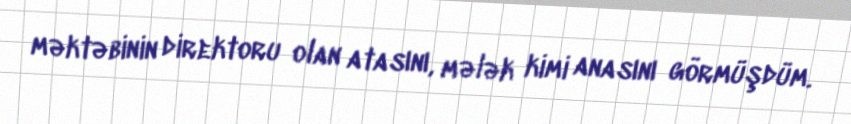
məktəbinin direktoru olan atasını, mələk kimi anasını görmüşdüm.